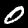
Digit: 0